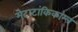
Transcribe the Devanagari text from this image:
मेटाटांकिकाम्ल